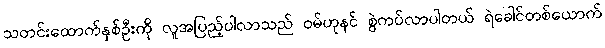
သတင်းထောက်နှစ်ဦးကို လူအပြည့်ပါလာသည် ဝမ်ဟုနင် စွဲကပ်လာပါတယ် ရဲခေါင်တစ်ယောက်